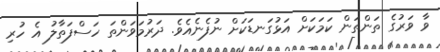
ވާ ވަރުގެ ތަންތަން ކަމަކަށް އަޅުގަނޑަކަށް ނުފެނެއެވެ. ދަރުމަވަންތަ ހަސްފަތާލު އެ ހުރި